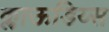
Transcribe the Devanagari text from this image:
क्लाऊडिय्स